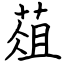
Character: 葅